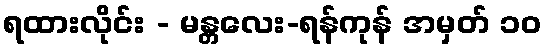
ရထားလိုင်း - မန္တလေး-ရန်ကုန် အမှတ် ၁၀